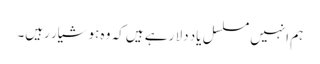
ہم انہیں مسلسل یاد دلا رہے ہیں کہ وہ ہوشیار رہیں۔